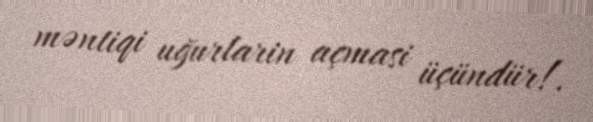
məntiqi uğurlarin açmasi üçündür!.